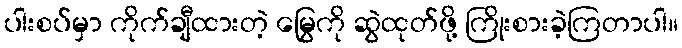
ပါးစပ်မှာ ကိုက်ချီထားတဲ့ မြွေကို ဆွဲထုတ်ဖို့ ကြိုးစားခဲ့ကြတာပါ။